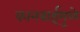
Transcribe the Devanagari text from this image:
कानबाईमुळे